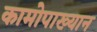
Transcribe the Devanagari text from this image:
कामोपाख्यान